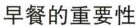
早餐的重要性